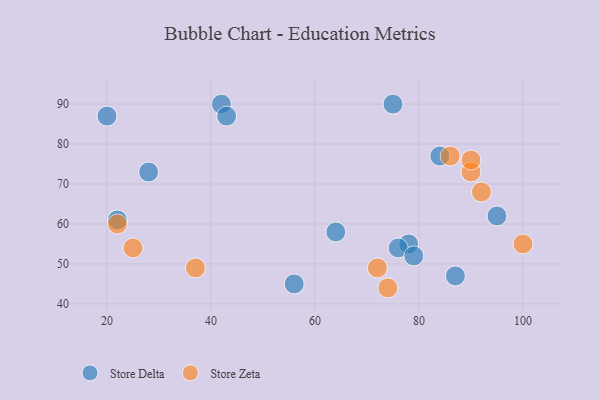
{"axis": {"x": "GDP", "y": "Life Expectancy"}, "legend": ["Store Delta", "Store Zeta"], "data": [{"x": "78", "y": 55, "type": "Store Delta"}, {"x": "20", "y": 87, "type": "Store Delta"}, {"x": "87", "y": 47, "type": "Store Delta"}, {"x": "76", "y": 54, "type": "Store Delta"}, {"x": "28", "y": 73, "type": "Store Delta"}, {"x": "95", "y": 62, "type": "Store Delta"}, {"x": "56", "y": 45, "type": "Store Delta"}, {"x": "84", "y": 77, "type": "Store Delta"}, {"x": "75", "y": 90, "type": "Store Delta"}, {"x": "22", "y": 61, "type": "Store Delta"}, {"x": "79", "y": 52, "type": "Store Delta"}, {"x": "42", "y": 90, "type": "Store Delta"}, {"x": "64", "y": 58, "type": "Store Delta"}, {"x": "43", "y": 87, "type": "Store Delta"}, {"x": "72", "y": 49, "type": "Store Zeta"}, {"x": "90", "y": 73, "type": "Store Zeta"}, {"x": "90", "y": 76, "type": "Store Zeta"}, {"x": "92", "y": 68, "type": "Store Zeta"}, {"x": "74", "y": 44, "type": "Store Zeta"}, {"x": "22", "y": 60, "type": "Store Zeta"}, {"x": "37", "y": 49, "type": "Store Zeta"}, {"x": "86", "y": 77, "type": "Store Zeta"}, {"x": "100", "y": 55, "type": "Store Zeta"}, {"x": "25", "y": 54, "type": "Store Zeta"}]}